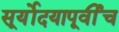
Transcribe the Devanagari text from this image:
सूर्योदयापूर्वीच